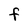
Character: f